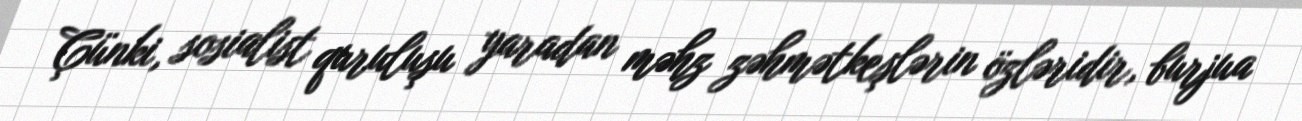
Çünki, sosialist quruluşu yaradan məhz zəhmətkeşlərin özləridir, burjua